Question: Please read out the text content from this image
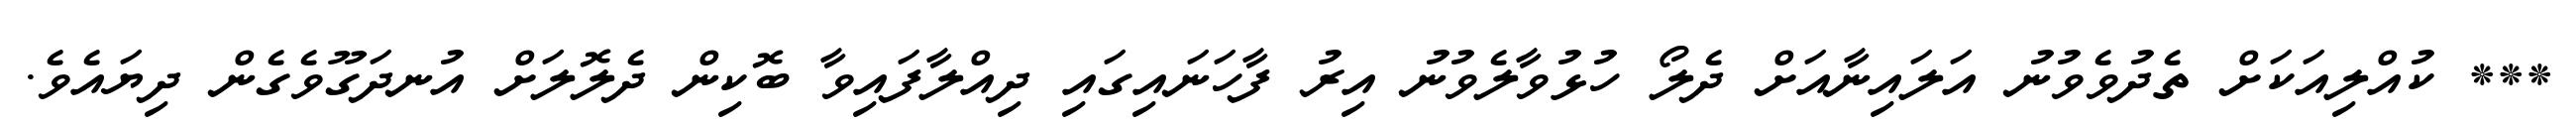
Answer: *** ކުއްލިއަކަށް ތެދުވެވުނު އަލައިނާއަށް ދެލޯ ހުޅުވާލެވުނު އިރު ފާހަނައިގައި ދިއްލާފައިވާ ބޮކިން ދެލޮލަށް އުނދަގޫވެގެން ދިޔައެވެ.